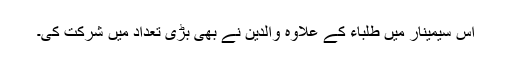
اس سیمینار میں طلباء کے علاوہ والدین نے بھی بڑی تعداد میں شرکت کی۔